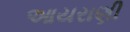
આયરાણી